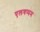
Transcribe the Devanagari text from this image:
एलयप्पम